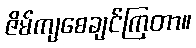
ဇိမ်ကျစေချင်ကြတာ။